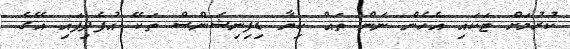
ކުރުމަށް ޓަކައި އެހެން ނަން ތައް ކިޔާ ޑިފިނިޝަންސް ތަކޭ އުފެދިފައި އޭގެ